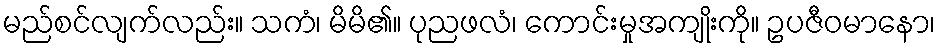
မည်စင်လျက်လည်း။ သကံ၊ မိမိ၏။ ပုညဖလံ၊ ကောင်းမှုအကျိုးကို။ ဥပဇီဝမာနော၊